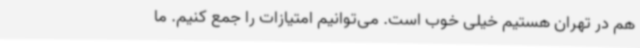
هم در تهران هستیم خیلی خوب است. می‌توانیم امتیازات را جمع کنیم. ما